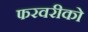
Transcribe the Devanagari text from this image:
फरवरीको